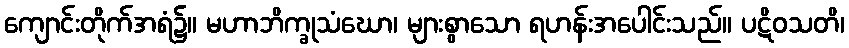
ကျောင်းတိုက်အရံ၌။ မဟာဘိက္ခုသံဃော၊ များစွာသော ရဟန်းအပေါင်းသည်။ ပဋိဝသတိ၊